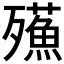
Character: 𣩷